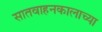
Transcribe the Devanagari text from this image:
सातवाहनकालाच्या